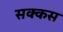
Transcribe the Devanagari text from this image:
सक्कस